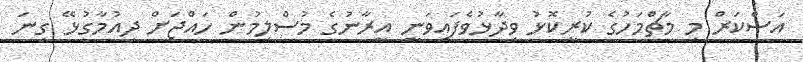
އަސްކަރް މި މާޗްމަހުގެ ކުރީކޮޅު ވިދާޅުވެފައިވަނީ އީރާނުގެ މުސްލިމުން ހައްޖަށް ދިއުމާގުޅޭ ގިނަ